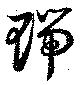
瑞